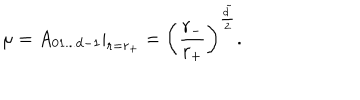
LaTeX: \mu = A _ { 0 1 . . . d - 1 } | _ { r = r _ { + } } = \left( \frac { r _ { - } } { r _ { + } } \right) ^ { \frac { \tilde { d } } { 2 } } .